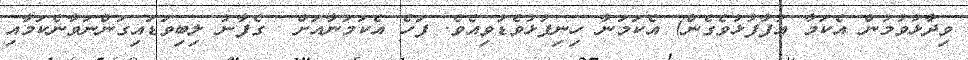
ވިދާޅުވުމުން އެކަމާ އުފާފުޅުވެގެން) އެކަމަނާ ހިނިފުޅުވެޑުވިއެވެ. ފަހެ އެކަމަނާއަށް  ގެފާނު ލިބިވަޑައިގަންނަވާނެކަމާއި